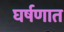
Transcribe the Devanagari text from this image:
घर्षणात